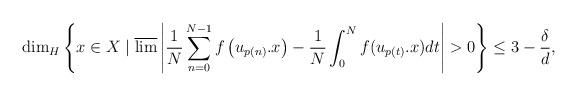
LaTeX: \begin{align*} \dim_{H}\left\{x\in X \mid \overline{\lim}\left\lvert \frac{1}{N}\sum_{n=0}^{N-1}f\left(u_{p(n)}.x\right) - \frac{1}{N}\int_{0}^{N}f(u_{p(t)}.x)dt \right\rvert > 0 \right\} \leq 3-\frac{\delta}{d},\end{align*}